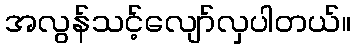
အလွန်သင့်လျော်လှပါတယ်။